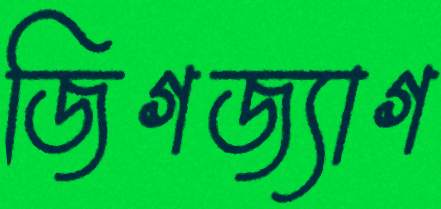
জিগজ্যাগ